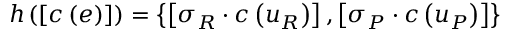
h \left( \left[ c \left( e \right) \right] \right) = \left\{ \left[ \sigma _ { R } \cdot c \left( u _ { R } \right) \right] , \left[ \sigma _ { P } \cdot c \left( u _ { P } \right) \right] \right\}